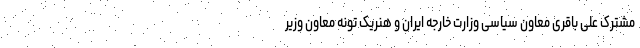
مشترک علی باقری معاون سیاسی وزارت خارجه ایران و هنریک تونه معاون وزیر